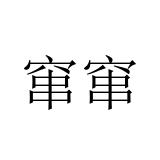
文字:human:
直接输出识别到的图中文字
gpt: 窜窜